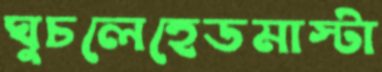
ঘুচলেহেডমাস্টা